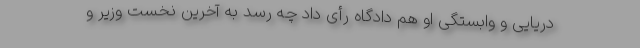
دریایی و وابستگی او هم دادگاه رأی داد چه رسد به آخرین نخست وزیر و